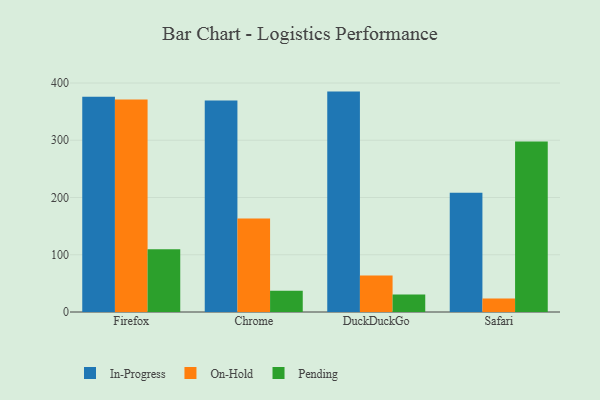
{"axis": {"x": "Browser", "y": "Page Views"}, "legend": ["In-Progress", "On-Hold", "Pending"], "data": [{"x": "Firefox", "y": 376.0, "type": "In-Progress"}, {"x": "Firefox", "y": 371.0, "type": "On-Hold"}, {"x": "Firefox", "y": 109.8, "type": "Pending"}, {"x": "Chrome", "y": 369.3, "type": "In-Progress"}, {"x": "Chrome", "y": 163.5, "type": "On-Hold"}, {"x": "Chrome", "y": 37.1, "type": "Pending"}, {"x": "DuckDuckGo", "y": 385.0, "type": "In-Progress"}, {"x": "DuckDuckGo", "y": 63.6, "type": "On-Hold"}, {"x": "DuckDuckGo", "y": 30.5, "type": "Pending"}, {"x": "Safari", "y": 208.3, "type": "In-Progress"}, {"x": "Safari", "y": 23.7, "type": "On-Hold"}, {"x": "Safari", "y": 297.7, "type": "Pending"}]}